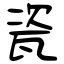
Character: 瓷